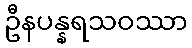
ဦနပန္နရသဝဿာ